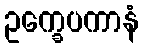
ဥက္ခေပကာနံ